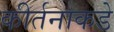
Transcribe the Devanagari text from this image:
कीर्तनाकडे